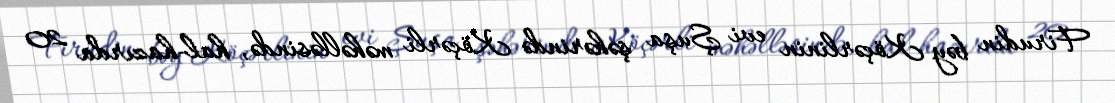
Firudin bəy Köçərlinin evi Şuşa şəhərində Köçərli məhəlləsində, hal-hazırda 20